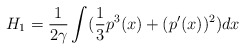
\begin{align*}H_1 = \frac{1}{2 \gamma} \int ( \frac{1}{3} p^3 (x) + (p^{\prime} (x))^2 )dx\end{align*}